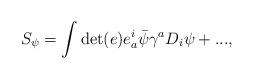
LaTeX: \begin{align*}S_{\psi}=\int\det(e)e^{i}_{a}\bar{\psi}\gamma^{a}D_{i}\psi+...,\end{align*}